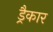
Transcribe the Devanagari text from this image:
ड्रैकार